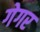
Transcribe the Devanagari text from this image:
गेगर